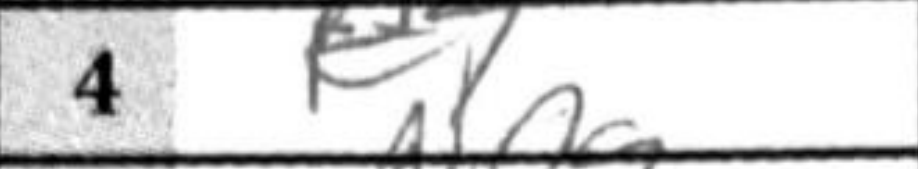
Transcription: e4